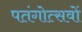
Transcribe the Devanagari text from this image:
पतंगोत्सवों